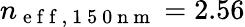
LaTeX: n_{\mathrm{~e~f~f~,~1~5~0~n~m~}}=2.56